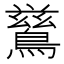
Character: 𮭋